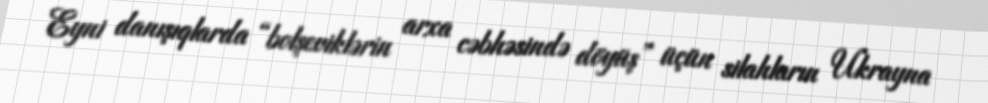
Eyni danışıqlarda “bolşeviklərin arxa cəbhəsində döyüş” üçün silahların Ukrayna